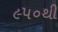
૯૫૦થી